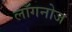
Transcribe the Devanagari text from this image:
लाँगनोज